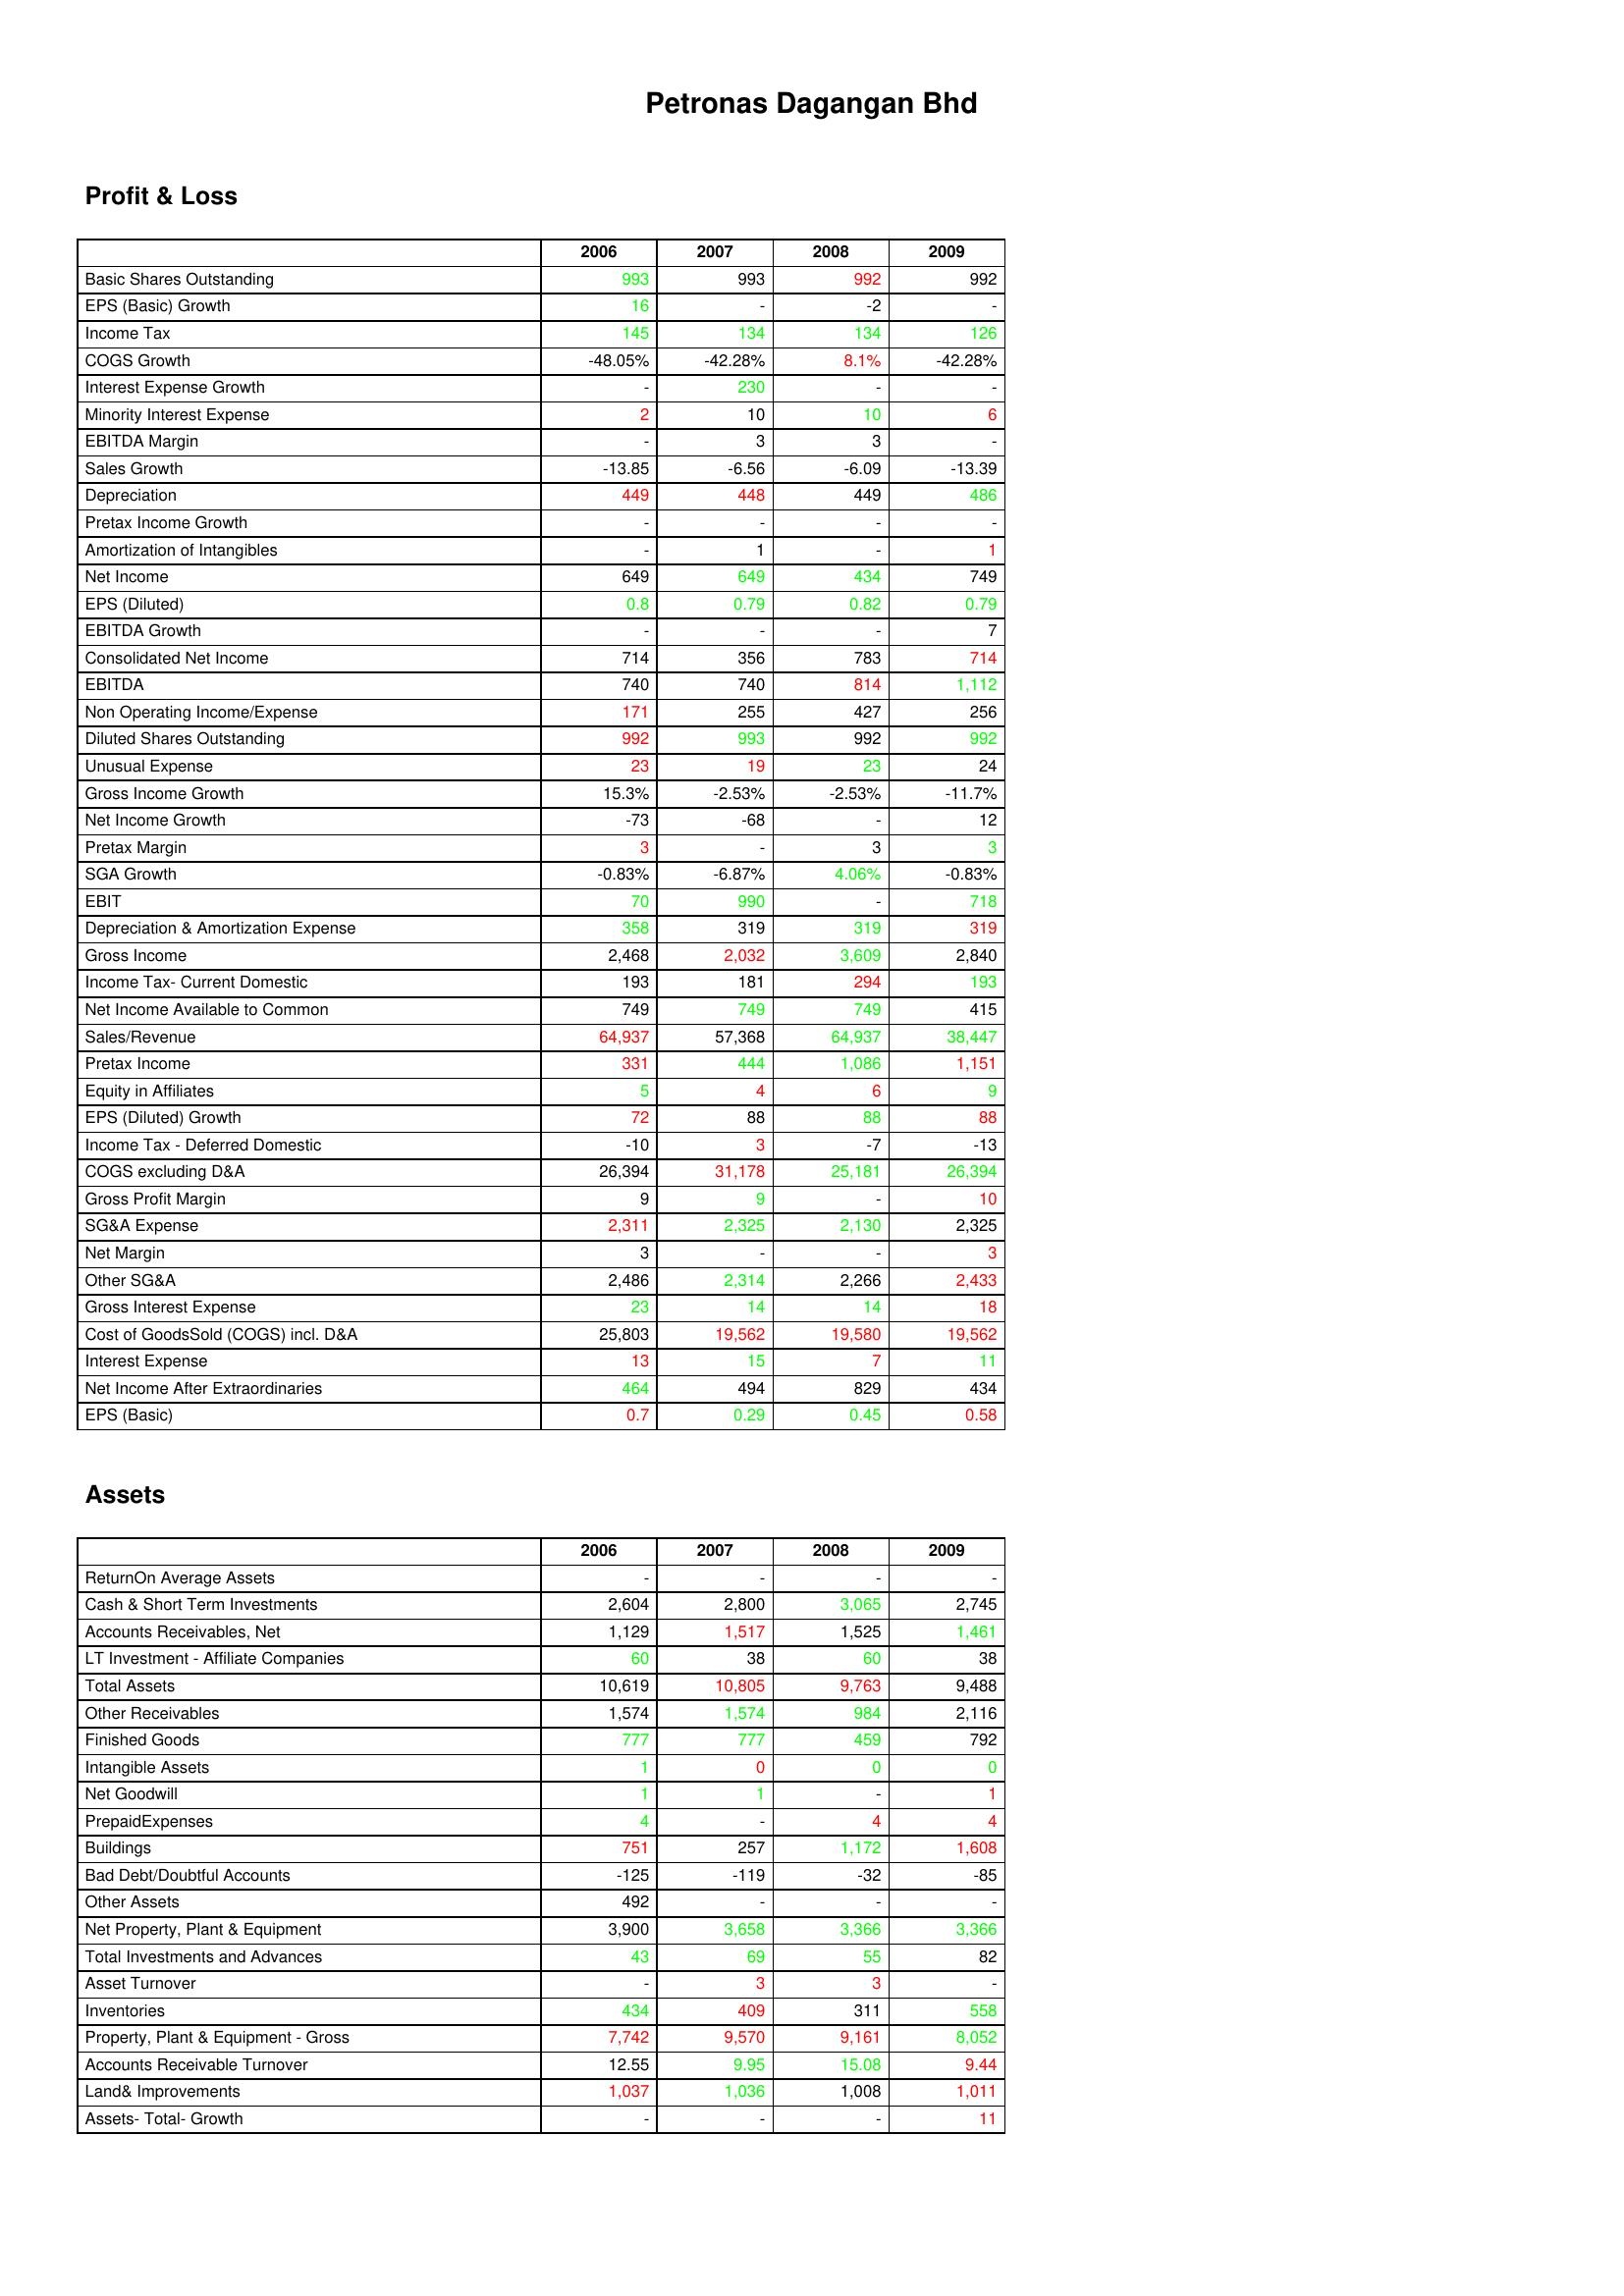
gt_parse: 2006: Profit & Loss: Basic Shares Outstanding: 993
EPS (Basic) Growth: 16
Income Tax: 145
COGS Growth: -48.05%
Interest Expense Growth: -
Minority Interest Expense: 2
EBITDA Margin: -
Sales Growth: -13.85
Depreciation: 449
Pretax Income Growth: -
Amortization of Intangibles: -
Net Income: 649
EPS (Diluted): 0.8
EBITDA Growth: -
Consolidated Net Income: 714
EBITDA: 740
Non Operating Income/Expense: 171
Diluted Shares Outstanding: 992
Unusual Expense: 23
Gross Income Growth: 15.3%
Net Income Growth: -73
Pretax Margin: 3
SGA Growth: -0.83%
EBIT: 70
Depreciation & Amortization Expense: 358
Gross Income: 2,468
Income Tax- Current Domestic: 193
Net Income Available to Common: 749
Sales/Revenue: 64,937
Pretax Income: 331
Equity in Affiliates: 5
EPS (Diluted) Growth: 72
Income Tax - Deferred Domestic: -10
COGS excluding D&A: 26,394
Gross Profit Margin: 9
SG&A Expense: 2,311
Net Margin: 3
Other SG&A: 2,486
Gross Interest Expense: 23
Cost of GoodsSold (COGS) incl. D&A: 25,803
Interest Expense: 13
Net Income After Extraordinaries: 464
EPS (Basic): 0.7
Assets: ReturnOn Average Assets: -
Cash & Short Term Investments: 2,604
Accounts Receivables, Net: 1,129
LT Investment - Affiliate Companies: 60
Total Assets: 10,619
Other Receivables: 1,574
Finished Goods: 777
Intangible Assets: 1
Net Goodwill: 1
PrepaidExpenses: 4
Buildings: 751
Bad Debt/Doubtful Accounts: -125
Other Assets: 492
Net Property, Plant & Equipment: 3,900
Total Investments and Advances: 43
Asset Turnover: -
Inventories: 434
Property, Plant & Equipment - Gross : 7,742
Accounts Receivable Turnover: 12.55
Land& Improvements: 1,037
Assets- Total- Growth: -
2007: Profit & Loss: Basic Shares Outstanding: 993
EPS (Basic) Growth: -
Income Tax: 134
COGS Growth: -42.28%
Interest Expense Growth: 230
Minority Interest Expense: 10
EBITDA Margin: 3
Sales Growth: -6.56
Depreciation: 448
Pretax Income Growth: -
Amortization of Intangibles: 1
Net Income: 649
EPS (Diluted): 0.79
EBITDA Growth: -
Consolidated Net Income: 356
EBITDA: 740
Non Operating Income/Expense: 255
Diluted Shares Outstanding: 993
Unusual Expense: 19
Gross Income Growth: -2.53%
Net Income Growth: -68
Pretax Margin: -
SGA Growth: -6.87%
EBIT: 990
Depreciation & Amortization Expense: 319
Gross Income: 2,032
Income Tax- Current Domestic: 181
Net Income Available to Common: 749
Sales/Revenue: 57,368
Pretax Income: 444
Equity in Affiliates: 4
EPS (Diluted) Growth: 88
Income Tax - Deferred Domestic: 3
COGS excluding D&A: 31,178
Gross Profit Margin: 9
SG&A Expense: 2,325
Net Margin: -
Other SG&A: 2,314
Gross Interest Expense: 14
Cost of GoodsSold (COGS) incl. D&A: 19,562
Interest Expense: 15
Net Income After Extraordinaries: 494
EPS (Basic): 0.29
Assets: ReturnOn Average Assets: -
Cash & Short Term Investments: 2,800
Accounts Receivables, Net: 1,517
LT Investment - Affiliate Companies: 38
Total Assets: 10,805
Other Receivables: 1,574
Finished Goods: 777
Intangible Assets: 0
Net Goodwill: 1
PrepaidExpenses: -
Buildings: 257
Bad Debt/Doubtful Accounts: -119
Other Assets: -
Net Property, Plant & Equipment: 3,658
Total Investments and Advances: 69
Asset Turnover: 3
Inventories: 409
Property, Plant & Equipment - Gross : 9,570
Accounts Receivable Turnover: 9.95
Land& Improvements: 1,036
Assets- Total- Growth: -
2008: Profit & Loss: Basic Shares Outstanding: 992
EPS (Basic) Growth: -2
Income Tax: 134
COGS Growth: 8.1%
Interest Expense Growth: -
Minority Interest Expense: 10
EBITDA Margin: 3
Sales Growth: -6.09
Depreciation: 449
Pretax Income Growth: -
Amortization of Intangibles: -
Net Income: 434
EPS (Diluted): 0.82
EBITDA Growth: -
Consolidated Net Income: 783
EBITDA: 814
Non Operating Income/Expense: 427
Diluted Shares Outstanding: 992
Unusual Expense: 23
Gross Income Growth: -2.53%
Net Income Growth: -
Pretax Margin: 3
SGA Growth: 4.06%
EBIT: -
Depreciation & Amortization Expense: 319
Gross Income: 3,609
Income Tax- Current Domestic: 294
Net Income Available to Common: 749
Sales/Revenue: 64,937
Pretax Income: 1,086
Equity in Affiliates: 6
EPS (Diluted) Growth: 88
Income Tax - Deferred Domestic: -7
COGS excluding D&A: 25,181
Gross Profit Margin: -
SG&A Expense: 2,130
Net Margin: -
Other SG&A: 2,266
Gross Interest Expense: 14
Cost of GoodsSold (COGS) incl. D&A: 19,580
Interest Expense: 7
Net Income After Extraordinaries: 829
EPS (Basic): 0.45
Assets: ReturnOn Average Assets: -
Cash & Short Term Investments: 3,065
Accounts Receivables, Net: 1,525
LT Investment - Affiliate Companies: 60
Total Assets: 9,763
Other Receivables: 984
Finished Goods: 459
Intangible Assets: 0
Net Goodwill: -
PrepaidExpenses: 4
Buildings: 1,172
Bad Debt/Doubtful Accounts: -32
Other Assets: -
Net Property, Plant & Equipment: 3,366
Total Investments and Advances: 55
Asset Turnover: 3
Inventories: 311
Property, Plant & Equipment - Gross : 9,161
Accounts Receivable Turnover: 15.08
Land& Improvements: 1,008
Assets- Total- Growth: -
2009: Profit & Loss: Basic Shares Outstanding: 992
EPS (Basic) Growth: -
Income Tax: 126
COGS Growth: -42.28%
Interest Expense Growth: -
Minority Interest Expense: 6
EBITDA Margin: -
Sales Growth: -13.39
Depreciation: 486
Pretax Income Growth: -
Amortization of Intangibles: 1
Net Income: 749
EPS (Diluted): 0.79
EBITDA Growth: 7
Consolidated Net Income: 714
EBITDA: 1,112
Non Operating Income/Expense: 256
Diluted Shares Outstanding: 992
Unusual Expense: 24
Gross Income Growth: -11.7%
Net Income Growth: 12
Pretax Margin: 3
SGA Growth: -0.83%
EBIT: 718
Depreciation & Amortization Expense: 319
Gross Income: 2,840
Income Tax- Current Domestic: 193
Net Income Available to Common: 415
Sales/Revenue: 38,447
Pretax Income: 1,151
Equity in Affiliates: 9
EPS (Diluted) Growth: 88
Income Tax - Deferred Domestic: -13
COGS excluding D&A: 26,394
Gross Profit Margin: 10
SG&A Expense: 2,325
Net Margin: 3
Other SG&A: 2,433
Gross Interest Expense: 18
Cost of GoodsSold (COGS) incl. D&A: 19,562
Interest Expense: 11
Net Income After Extraordinaries: 434
EPS (Basic): 0.58
Assets: ReturnOn Average Assets: -
Cash & Short Term Investments: 2,745
Accounts Receivables, Net: 1,461
LT Investment - Affiliate Companies: 38
Total Assets: 9,488
Other Receivables: 2,116
Finished Goods: 792
Intangible Assets: 0
Net Goodwill: 1
PrepaidExpenses: 4
Buildings: 1,608
Bad Debt/Doubtful Accounts: -85
Other Assets: -
Net Property, Plant & Equipment: 3,366
Total Investments and Advances: 82
Asset Turnover: -
Inventories: 558
Property, Plant & Equipment - Gross : 8,052
Accounts Receivable Turnover: 9.44
Land& Improvements: 1,011
Assets- Total- Growth: 11